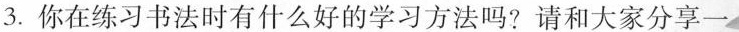
)3.你在练习书法时有什么好的学习方法吗?请和大家分享一